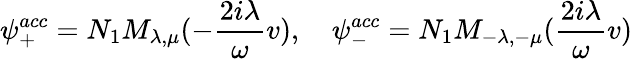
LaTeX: \psi_{+}^{acc}=N_{1}M_{\lambda,\mu}(-\frac{2i\lambda}{\omega}v),\quad\psi_{-}^{acc}=N_{1}M_{-\lambda,-\mu}(\frac{2i\lambda}{\omega}v)